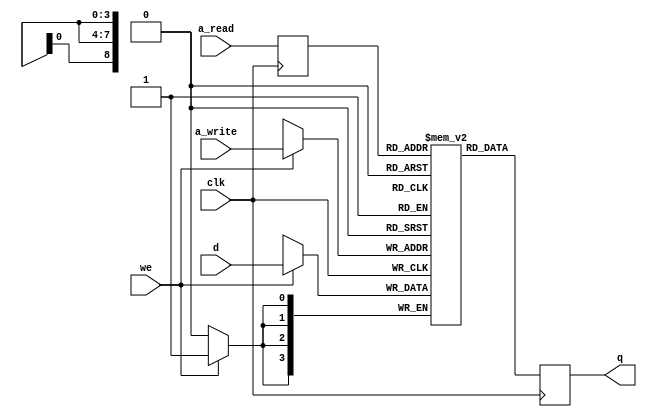
module Autoconfig_ROM
(
	input clk,
	input [3:0] d,
	input [8:0] a_read, a_write,
	input we,
	output [3:0] q
);

reg [3:0] ram[(2**9)-1:0] /* synthesis ramstyle = "auto" */;
// Set to "logic" if you don't want to use a RAM block for this.
integer j;

localparam z2base='h00;
localparam z3base='h40;
localparam z3base2='h80;
localparam z3base3='hc0;
localparam ethbase='h100;

initial
begin

	// Default to 1111 for any addresses not specifically set
	for(j = 0; j < 2**9; j = j+1) 
		ram[j] = 4'b1111;

	// Use the upper two bits as an index
	// so 00 is ZII RAM, 01 is ZIII RAM and 10 is ETH
	// with a NULL board at 11 to terminate the chain.

	// Up to 8 meg of 24-bit Fast RAM
	
	ram[z2base+'h0] = 4'b1110;	// Zorro-II card, add mem, no ROM
	ram[z2base+'h2/2] = 4'b0000;	// 0110 => 2MB, 0111 => 4MB, 0000 => 8MB
	ram[z2base+'h10/2] = 4'b1110;	// Manufacturer ID: 0x139c
	ram[z2base+'h12/2] = 4'b1100;
	ram[z2base+'h14/2] = 4'b0110;
	ram[z2base+'h16/2] = 4'b0011;
	ram[z2base+'h26/2] = 4'b1110;	// Serial no: 1

	
	// 16 meg of 32-bit Fast RAM

	ram[z3base+'h0] = 4'b1010;	// Zorro-III card, add mem, no ROM
	ram[z3base+'h2/2] = 4'b0000;	// 8MB (extended to 16 in reg 08)
	ram[z3base+'h4/2] = 4'b1110;	// ProductID = 0x10 (only setting upper nybble)
	ram[z3base+'h8/2] = 4'b0000;	// Memory card, not silenceable, extended size (16 meg), reserved
	ram[z3base+'ha/2] = 4'b1111;	// 0000 - logical size matches physical size
	ram[z3base+'h10/2] = 4'b1110;	// Manufacturer ID: 0x139c
	ram[z3base+'h12/2] = 4'b1100;
	ram[z3base+'h14/2] = 4'b0110;
	ram[z3base+'h16/2] = 4'b0011;
	ram[z3base+'h26/2] = 4'b1101;	// Serial no: 2
	
	
	// Extra 32 meg of RAM for 64-meg platforms

	ram[z3base2+'h0] = 4'b1010;	// Zorro-III card, add mem, no ROM
	ram[z3base2+'h2/2] = 4'b0001;	// 64kb (extended to 32 meg in reg 08)
	ram[z3base2+'h4/2] = 4'b1110;	// ProductID = 0x11
	ram[z3base2+'h6/2] = 4'b1110;	// ProductID = 0x11
	ram[z3base2+'h8/2] = 4'b0000;	// Memory card, not silenceable, extended size (16 meg), reserved
	ram[z3base2+'ha/2] = 4'b1111;	// 0000 - logical size matches physical size
	ram[z3base2+'h10/2] = 4'b1110;	// Manufacturer ID: 0x1399
	ram[z3base2+'h12/2] = 4'b1100;
	ram[z3base2+'h14/2] = 4'b0110;
	ram[z3base2+'h16/2] = 4'b0110;
	ram[z3base2+'h26/2] = 4'b1011;	// Serial no: 4


	// 2 or 4 meg of 32-bit Fast RAM (unused RAM in Bank 0)

	ram[z3base3+'h0] = 4'b1010;	// Zorro-III card, add mem, no ROM
	ram[z3base3+'h2/2] = 4'b0111;	// 4MB
	ram[z3base3+'h4/2] = 4'b1110;	// ProductID = 0x11
	ram[z3base3+'h6/2] = 4'b1110;	// ProductID = 0x11
	ram[z3base3+'h8/2] = 4'b0010;	// Memory card, not silenceable, reserved
	ram[z3base3+'ha/2] = 4'b1000;	// 0111 - 2 meg
	ram[z3base3+'h10/2] = 4'b1110;	// Manufacturer ID: 0x1399
	ram[z3base3+'h12/2] = 4'b1100;
	ram[z3base3+'h14/2] = 4'b0110;
	ram[z3base3+'h16/2] = 4'b0110;
	ram[z3base3+'h26/2] = 4'b1100;	// Serial no: 3


	// Ethernet
	
	ram[ethbase+'h0] = 4'b1000;	// Zorro-III card, no link, no ROM
	ram[ethbase+'h2/2] = 4'b0001;	// Next board not related, size 'h40k
	ram[ethbase+'h4/2] = 4'b1101;	// ProductID = 0x20 (only setting upper nybble)
	ram[ethbase+'h8/2] = 4'b1110;	// Not memory, silenceable, normal size, Zorro III
	ram[ethbase+'ha/2] = 4'b1101;	// logical size 'h40k
	ram[ethbase+'h10/2] = 4'b1110;	// Manufacturer ID: 0x139c
	ram[ethbase+'h12/2] = 4'b1100;
	ram[ethbase+'h14/2] = 4'b0110;
	ram[ethbase+'h16/2] = 4'b0011;
	ram[ethbase+'h26/2] = 4'b1100;	// Serial no: 3
	
end

reg [3:0] q_loc;
reg [8:0] a_loc;
always @ (posedge clk)
begin
	a_loc<=a_read;
	if (we)
		ram[a_write] <= d;
	q_loc<=ram[a_loc];
end

assign q = q_loc;

endmodule